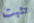
تثبت